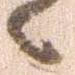
々